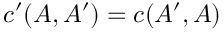
c ^ { \prime } ( A , A ^ { \prime } ) = c ( A ^ { \prime } , A )